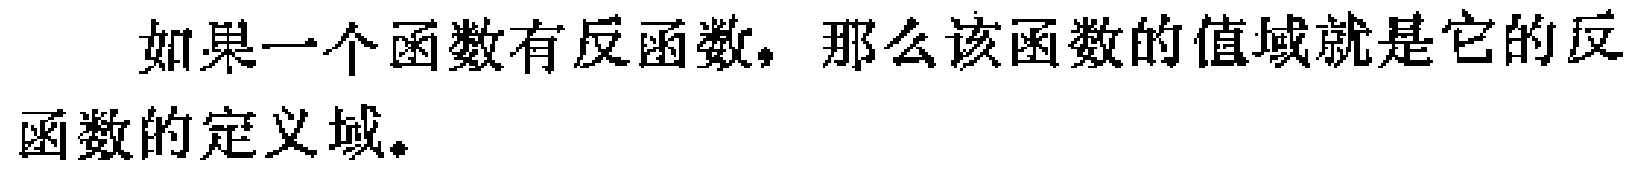
如果一个函数有反函数，那么该函数的值域就是它的反函数的定义域。